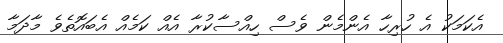
އެކަމަކު އެ ހުރިހާ އެންމެން ވެސް ހިއްސާކުރާ އެއް ކަމެއް އެބައޮތެވެ މާދަމާ